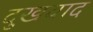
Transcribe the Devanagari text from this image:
दुखवाद